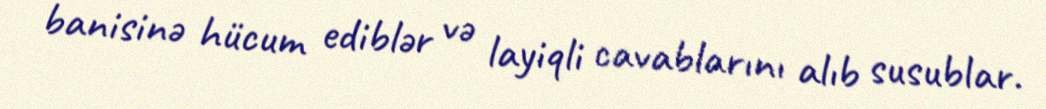
banisinə hücum ediblər və layiqli cavablarını alıb susublar.